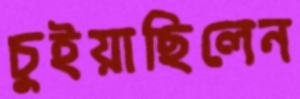
চুইয়াছিলেন